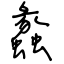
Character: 蠡